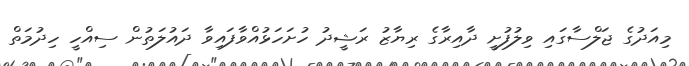
މިއަދުގެ ޖަލްސާގައި ވިލުފުށީ ދާއިރާގެ ރިޔާޒު ރަޝީދު ހުށަހަޅުއްވާފައިވާ ދައުލަތުން ސިއްހީ ހިދުމަތް